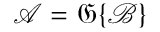
{ \mathcal { A } } = { \mathfrak { G } } \{ { \mathcal { B } } \}